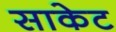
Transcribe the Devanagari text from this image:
साकेट